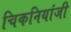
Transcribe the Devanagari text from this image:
चिकनियांजी